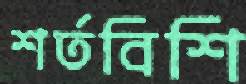
শর্তবিশি